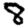
Digit: 8